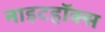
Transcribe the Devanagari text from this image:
नाइटहॉक्स